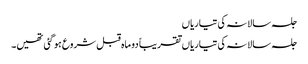
جلسہ سالانہ کی تیاریاں
جلسہ سالانہ کی تیاریاں تقریباً دو ماہ قبل شروع ہو گئی تھیں۔